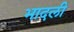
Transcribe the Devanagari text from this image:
भादली